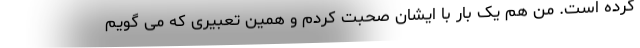
کرده است. من هم یک بار با ایشان صحبت کردم و همین تعبیری که می گویم